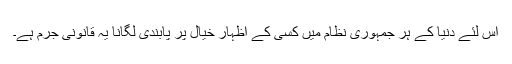
اس لئے دنیا کے ہر جمہوری نظام میں کسی کے اظہار خیال پر پابندی لگانا یہ قانونی جرم ہے۔